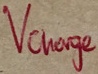
Text: Vcharge